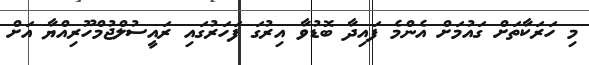
މި ހަރަކާތަށް ގައުމަށް އެންމެ ފައިދާ ބޮޑުވާ އިރުގަ ފަހަރުގައި ރައީސުލްޖުމްހޫރިއްޔާ އަށް